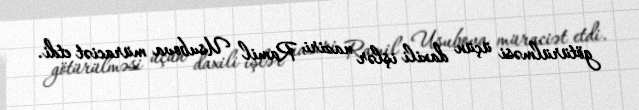
götürülməsi üçün daxili işlər naziri Ramil Usubova müraciət etdi.